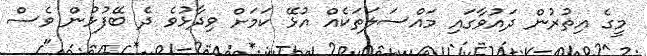
މީގެ އިތުރުން ދައުވާގައި މައްސަލަތަކެއް އުޅޭ ކަމަށް ވިދާޅުވެ ދެ ބޭފުޅުން ވެސް